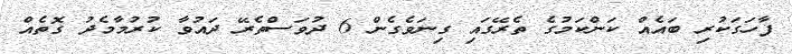
ފާހަގަކުރި ބައެއް ކަންކަމުގެ ތެރޭގައި ގިނަވެގެން 6 ދުވަސްތެރޭ ދައުވާ ކުރުމާމެދު ގޮތެއް